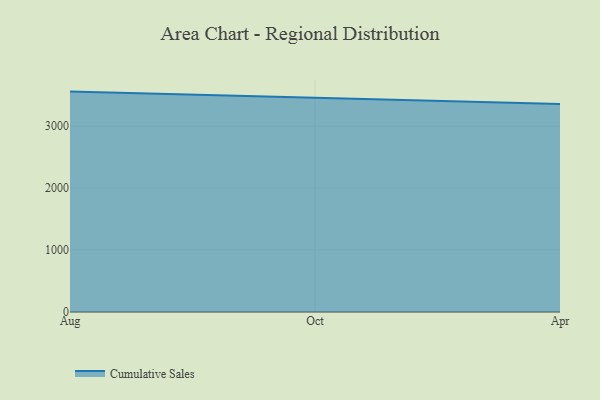
{"axis": {"x": "Month", "y": "Revenue (USD Million)"}, "legend": ["Cumulative Sales"], "data": [{"x": "Aug", "y": 3552.4, "type": "Cumulative Sales"}, {"x": "Oct", "y": 3448.0, "type": "Cumulative Sales"}, {"x": "Apr", "y": 3353.3, "type": "Cumulative Sales"}]}